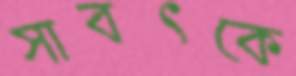
সাবৎকে